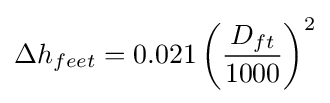
\Delta h_{feet}=0.021\left({\frac {D_{ft}}{1000}}\right)^{2}